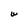
Character: W